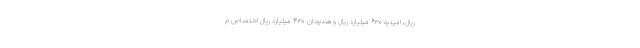
ریال، امیدیه ۶۳۰ میلیارد ریال و هندیجان ۴۳۰ میلیارد ریال اختصاص م